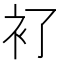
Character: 𧘈